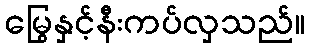
မြွေနှင့်နီးကပ်လှသည်။